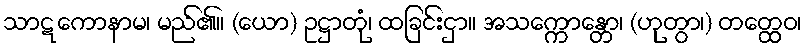
သာဋကောနာမ၊ မည်၏။ (ယော) ဥဋ္ဌာတုံ၊ ထခြင်းငှာ။ အသက္ကောန္တော၊ (ဟုတွာ၊) တတ္ထေဝ၊